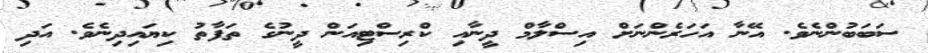
ސަބަބުންނެވެ. އޭނާ އަހަރެންނަށް އިސްލާމް ދީނާއި ކްރިސްޓިއަން ދީނުގެ ތަފާތު ކިޔައިދިނެވެ. އަދި